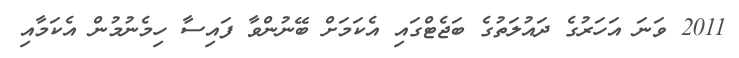
2011 ވަނަ އަހަރުގެ ދައުލަތުގެ ބަޖެޓްގައި އެކަމަށް ބޭނުންވާ ފައިސާ ހިމެނުމުން އެކަމާއި